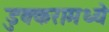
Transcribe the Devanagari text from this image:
डुक्करामध्ये